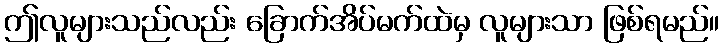
ဤလူများသည်လည်း ခြောက်အိပ်မက်ထဲမှ လူများသာ ဖြစ်ရမည်။